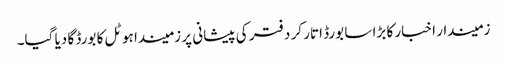
زمیندار اخبار کا بڑا سا بورڈ اتار کر دفتر کی پیشانی پر زمیندا ہوٹل کا بورڈ گا دیا گیا۔